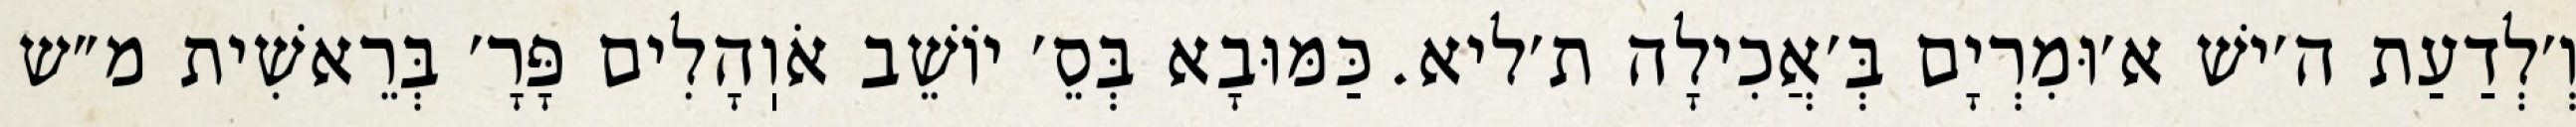
וְ׳לְדַעַת ה׳ישׁ א׳וּמִרְיָם בְּ׳אֲכִילָה ת׳ליא. כַּמּוּבָא בְּסֵ׳ יוֹשֵׁב אֹוֽהָלִים פָּרָ׳ בְּרֵאשִׁית מ״ש